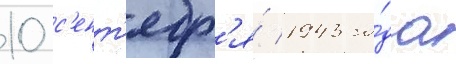
10 с'ент'ябр'я́ 1943 го́да